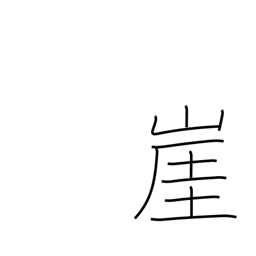
Meaning: cliff